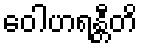
ဝေါဟရန္တီတိ